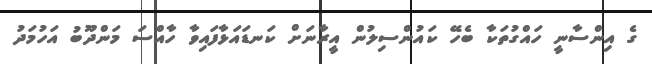
ގެ އިންސާނީ ހައްގުތަކާ ބެހޭ ކައުންސިލުން އީރާނަށް ކަނޑައަޅާފައިވާ ހާއްސަ މަންދޫބު އަހުމަދު